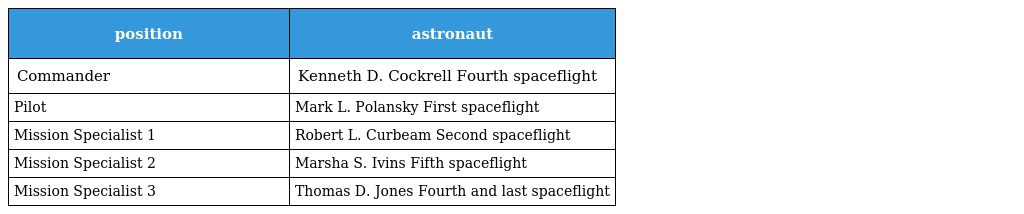
| position | astronaut |
 | --- | --- |
 | Commander | Kenneth D. Cockrell Fourth spaceflight |
 | Pilot | Mark L. Polansky First spaceflight |
 | Mission Specialist 1 | Robert L. Curbeam Second spaceflight |
 | Mission Specialist 2 | Marsha S. Ivins Fifth spaceflight |
 | Mission Specialist 3 | Thomas D. Jones Fourth and last spaceflight |